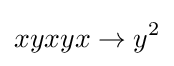
xyxyx\rightarrow y^{2}